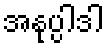
အနုပ္ပါဒါ